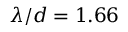
\lambda / d = 1 . 6 6